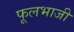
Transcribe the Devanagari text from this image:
फूलभाजी